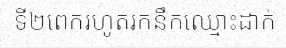
ទី២ពេករហូតរកនឹកឈ្មោះដាក់